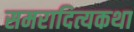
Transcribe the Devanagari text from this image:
समरादित्यकथा